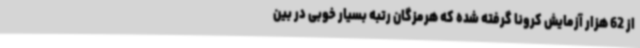
از 62 هزار آزمایش کرونا گرفته شده که هرمزگان رتبه بسیار خوبی در بین